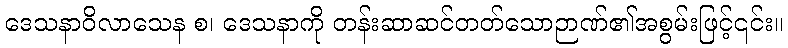
ဒေသနာဝိလာသေန စ၊ ဒေသနာကို တန်းဆာဆင်တတ်သောဉာဏ်၏အစွမ်းဖြင့်၎င်း။